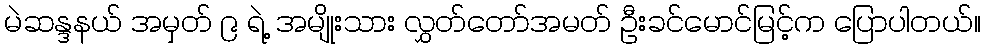
မဲဆန္ဒနယ် အမှတ် ၉ ရဲ့ အမျိုးသား လွှတ်တော်အမတ် ဦးခင်မောင်မြင့်က ပြောပါတယ်။